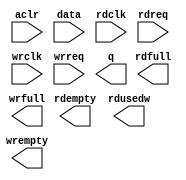
module capture_fifo (
	aclr,
	data,
	rdclk,
	rdreq,
	wrclk,
	wrreq,
	q,
	rdempty,
	rdfull,
	rdusedw,
	wrempty,
	wrfull);

	input	  aclr;
	input	[63:0]  data;
	input	  rdclk;
	input	  rdreq;
	input	  wrclk;
	input	  wrreq;
	output	[31:0]  q;
	output	  rdempty;
	output	  rdfull;
	output	[4:0]  rdusedw;
	output	  wrempty;
	output	  wrfull;
`ifndef ALTERA_RESERVED_QIS
// synopsys translate_off
`endif
	tri0	  aclr;
`ifndef ALTERA_RESERVED_QIS
// synopsys translate_on
`endif

endmodule